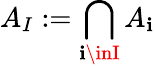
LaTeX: A_{I}:=\bigcap_{\mathbf{i}\inI}A_{\mathbf{i}}